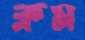
ক্লম